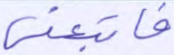
فاتبعني